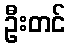
ဦးတင်